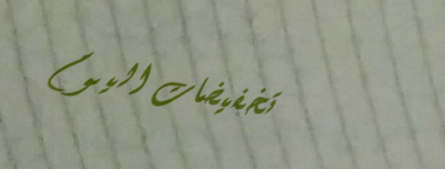
تخفيضات اليوم